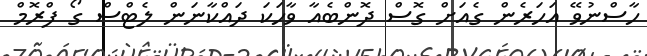
ހާސްނުވޭ އަހަރެން ގެއަށް ގޮސް ދޮންބެއާ ވާހަކަ ދައްކާނަން ލެޓްސް ގޯ ފްރޮމް